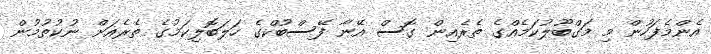
އެންމެފަހުން މި މަގްބޫލުކަމެއްގެ ތެރެއިން ގޮސް އޭނާ ފޭސްބުކްގެ ހަލަބޮލިކަމުގެ ތެރެއަށް ނުކުތުމުން